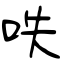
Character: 呹